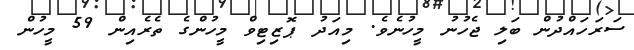
ސަރަހައްދުން ބަލި ޖެހުނު މީހުނެވެ. މިއަދު ޕޮޒިޓިވް މީހުންގެ ތެރެއިން 59 މީހުން